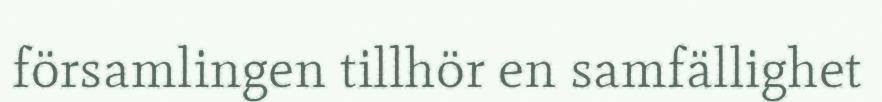
församlingen tillhör en samfällighet